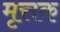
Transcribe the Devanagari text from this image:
मृत्तक